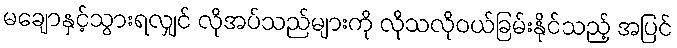
မချောနှင့်သွားရလျှင် လိုအပ်သည်များကို လိုသလိုဝယ်ခြမ်းနိုင်သည့် အပြင်